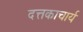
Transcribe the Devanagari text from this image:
दत्तकाचार्य